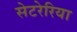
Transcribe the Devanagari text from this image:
सेटरेरिया